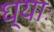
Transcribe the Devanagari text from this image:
घ्‍याः